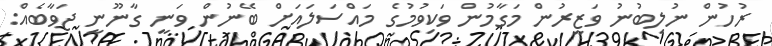
ރުހުން ނުލިބުނު ވަޒީރުން މަގާމުން ވަކިވުމުގެ މައްސަލައަށް ބޭނުން ވަނީ ގާނޫނީ ޖަވާބެއް: